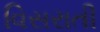
વિસરાતી